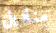
مناديل